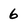
Character: 6